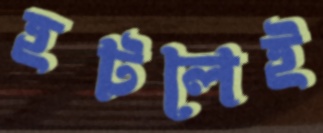
হটলেই